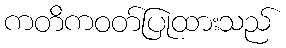
ကတိကဝတ်ပြုထားသည်